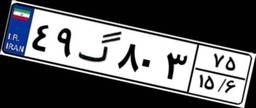
۱۶گ۵۰۴۳۹